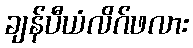
ချန်ပီယံလိဂ်ဖလား